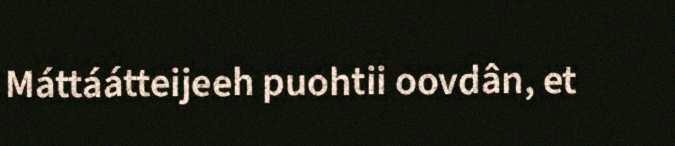
Máttáátteijeeh puohtii oovdân, et